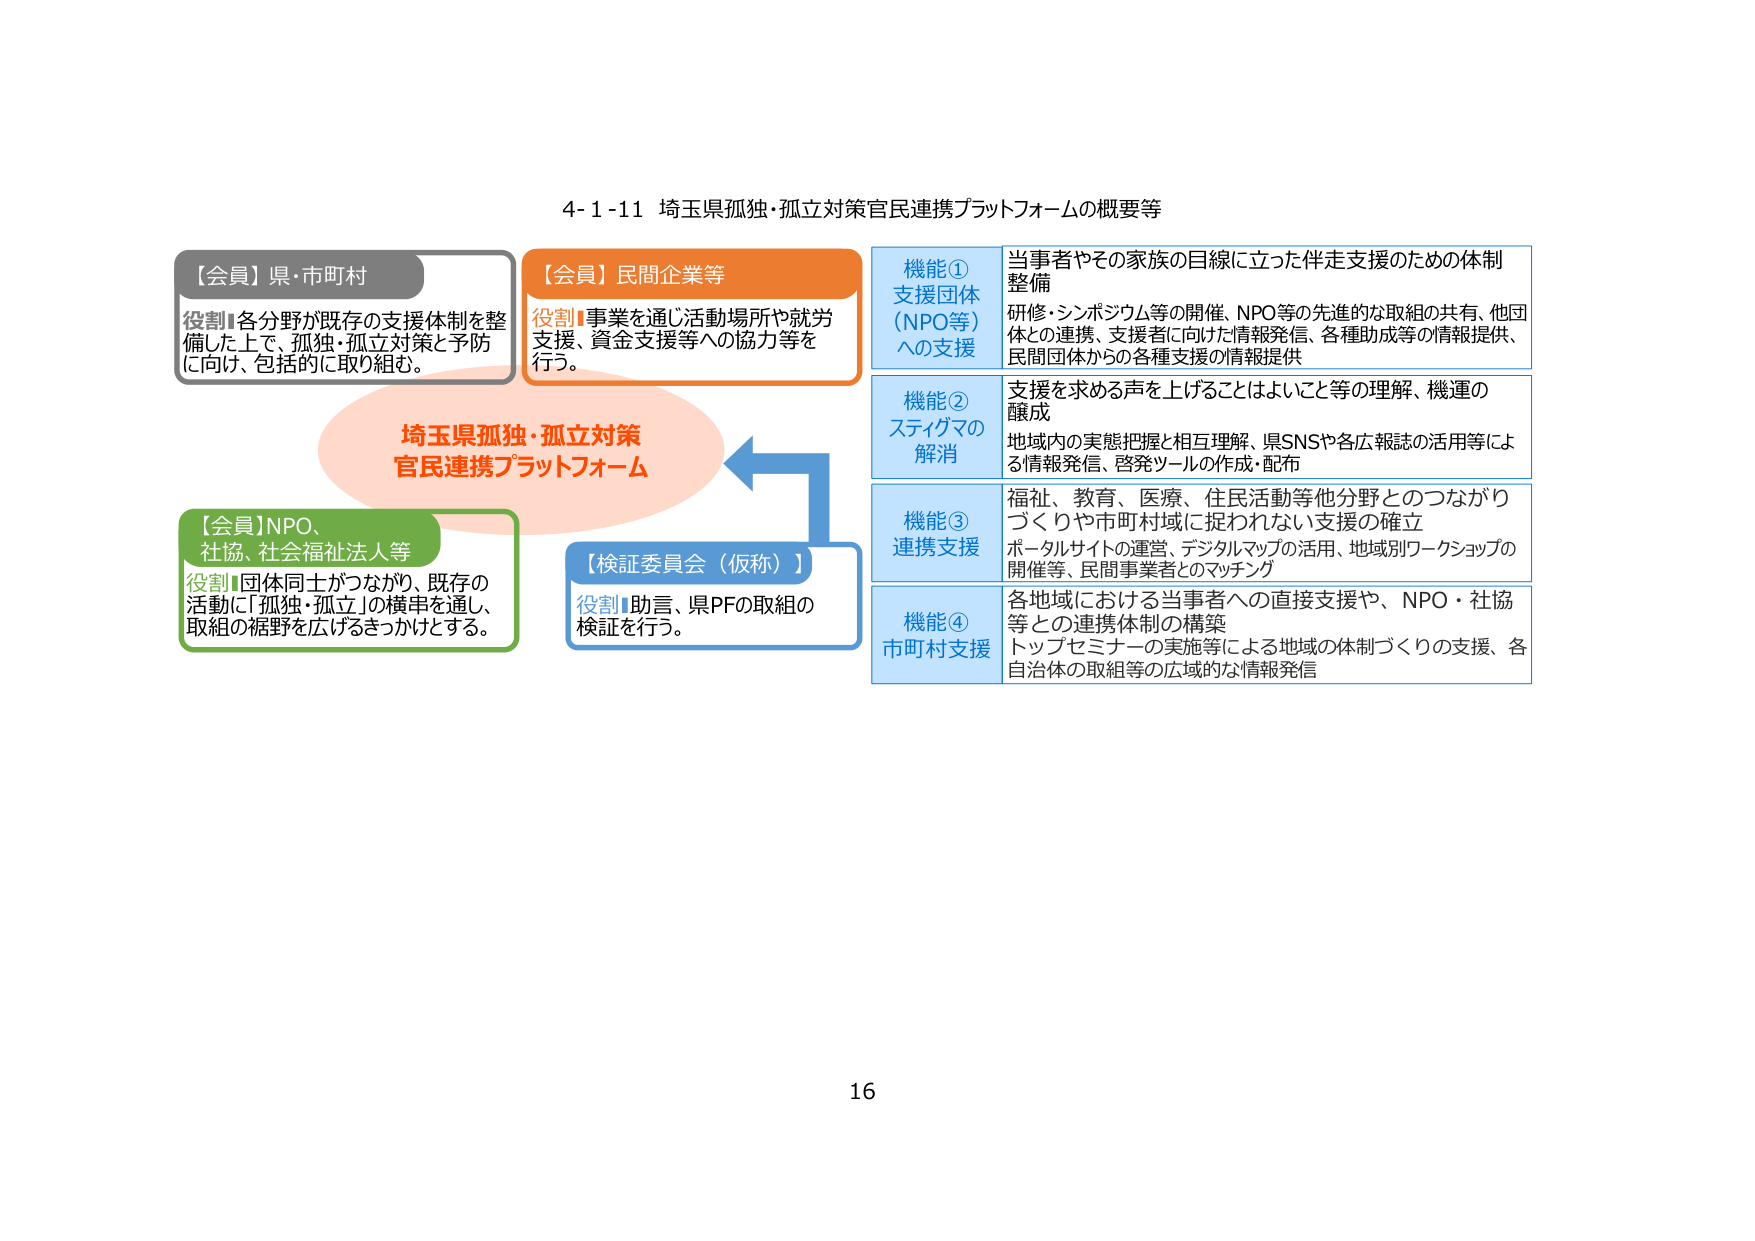
4-1-11 埼玉県孤独・孤立対策官民連携プラットフォームの概要等

【会員】県・市町村
役割：各分野が既存の支援体制を整備した上で、孤独・孤立対策と予防に向け、包括的に取り組む。

【会員】民間企業等
役割：事業を通じ活動場所や就労支援、資金支援等への協力等を行う。

【会員】NPO、社協、社会福祉法人等
役割：団体同士がつながり、既存の活動に「孤独・孤立」の横串を通し、取組の裾野を広げるきっかけとする。

【検証委員会（仮称）】
役割：助言、県PFの取組の検証を行う。

埼玉県孤独・孤立対策
官民連携プラットフォーム

機能①
支援団体（NPO等）への支援
当事者やその家族の目線に立った伴走支援のための体制整備
研修・シンポジウム等の開催、NPO等の先進的な取組の共有、他団体との連携、支援者に向けた情報発信、各種助成等の情報提供、民間団体からの各種支援の情報提供

機能②
ステイグマの解消
支援を求める声を上げることはよいこと等の理解、機運の醸成
地域内の実態把握と相互理解、県SNSや各広報誌の活用等による情報発信、啓発ツールの作成・配布

機能③
連携支援
福祉、教育、医療、住民活動等他分野とのつながりづくりや市町村域に捉われない支援の確立
ポータルサイトの運営、デジタルマップの活用、地域別ワークショップの開催等、民間事業者とのマッチング

機能④
市町村支援
各地域における当事者への直接支援や、NPO・社協等との連携体制の構築
トップセミナーの実施等による地域の体制づくりの支援、各自治体の取組等の広域的な情報発信

16